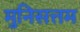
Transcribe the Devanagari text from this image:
मुनिसत्तम